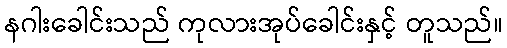
နဂါးခေါင်းသည် ကုလားအုပ်ခေါင်းနှင့် တူသည်။